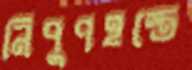
নিপুণহস্তে